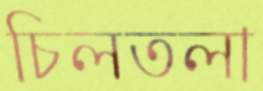
চিলতলা